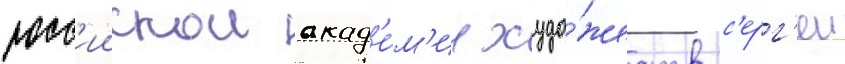
росс'иискои акад'е́м'ии худо́жеств с'ерг'еи